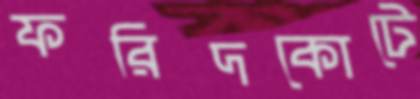
ফরিদকোটে